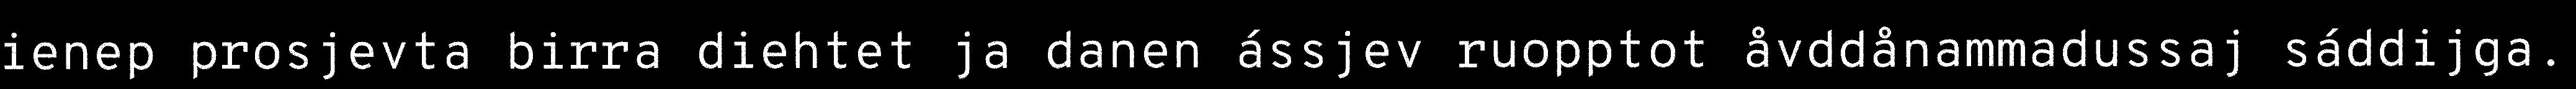
ienep prosjevta birra diehtet ja danen ássjev ruopptot åvddånammadussaj sáddijga.